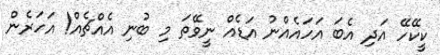
ކީކޭހޭ އަދި އެބަ އަހައެއްނު އަޑެއް ނީވޭތަ މި ބުނި އެއްޗެއް! އަހަރެން